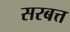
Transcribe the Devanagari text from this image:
सरबत्त